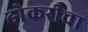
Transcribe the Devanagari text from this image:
ढोकरीचा